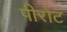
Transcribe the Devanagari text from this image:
पीरोट